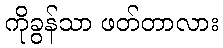
ကိုခွန်သာ ဖတ်တာလား